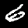
Label: 6